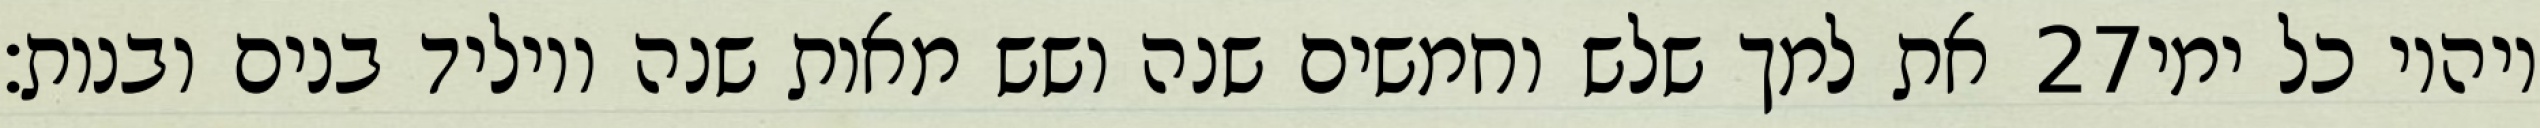
את למך שלש וחמשים שנה ושש מאות שנה ויוליד בנים ובנות׃ ‎27‏ ויהיו כל ימי